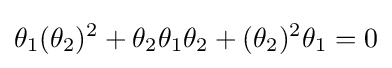
\theta _{1}(\theta _{2})^{2}+\theta _{2}\theta _{1}\theta _{2}+(\theta _{2})^{2}\theta _{1}=0